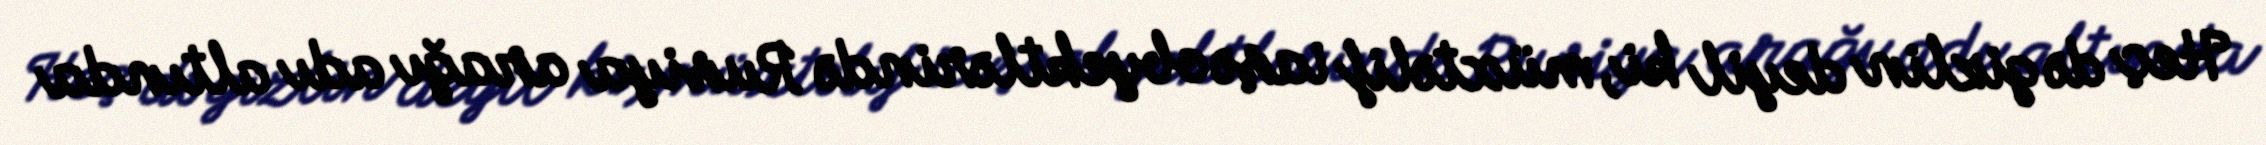
Heç də gizlin deyil ki, müxtəlif iaşə obyektlərində Rusiya arağı adı altında